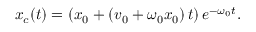
x _ { c } ( t ) = \left( x _ { 0 } + \left( v _ { 0 } + \omega _ { 0 } x _ { 0 } \right) t \right) e ^ { - \omega _ { 0 } t } .